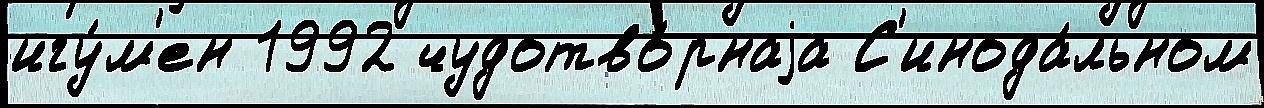
игу́м'ен 1992 чудотво́рнаjа С'инода́льном